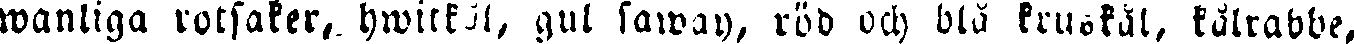
wanliga rotsaker, hwitkål, gul sawoy, röd och blå kruskål, kålrabbe,